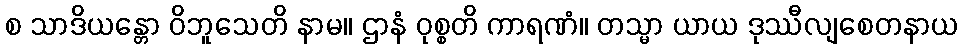
စ သာဒိယန္တော ဝိဘူသေတိ နာမ။ ဌာနံ ဝုစ္စတိ ကာရဏံ။ တသ္မာ ယာယ ဒုဿီလျစေတနာယ